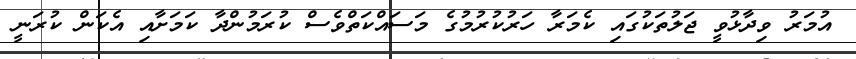
އުމަރު ވިދާޅުވީ ޖަލުތަކުގައި ކެމަރާ ހަރުކުރުމުގެ މަސައްކަތްވެސް ކުރަމުންދާ ކަމަށާއި އެކަން ކުރަނީ